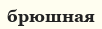
брюшная